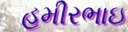
હમીરભાઇ